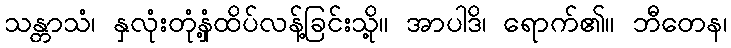
သန္တာသံ၊ နှလုံးတုံနှံ့ထိပ်လန့်ခြင်းသို့။ အာပါဒိ၊ ရောက်၏။ ဘီတေန၊